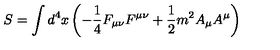
S = \int d ^ { 4 } x \left( - \frac { 1 } { 4 } F _ { \mu \nu } F ^ { \mu \nu } + \frac { 1 } { 2 } m ^ { 2 } A _ { \mu } A ^ { \mu } \right)